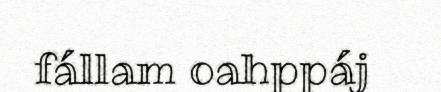
fállam oahppáj